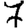
Digit: 7